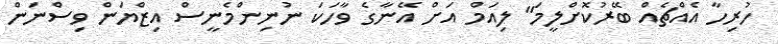
ހުރިހާ އެއްޗެއް ބޭރުކޮށްލީމަ" ލިއަމް އަށް އޭނާގެ ވާހަކަ ނުނިންމެނީސް އިޒްޔަން ވިސްނަން